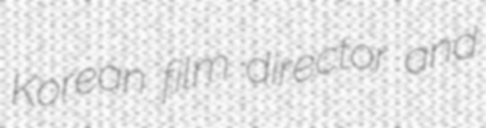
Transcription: Korean film director and